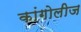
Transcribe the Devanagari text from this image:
कांगोलीज